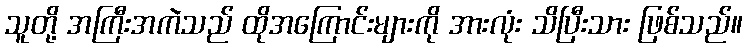
သူတို့ အကြီးအကဲသည် ထိုအကြောင်းများကို အားလုံး သိပြီးသား ဖြစ်သည်။